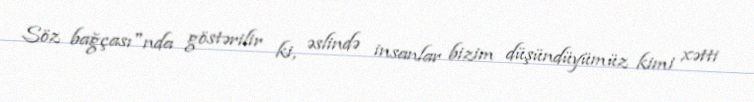
Söz bağçası"nda göstərilir ki, əslində insanlar bizim düşündüyümüz kimi xətti